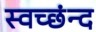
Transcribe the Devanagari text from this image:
स्वच्छंन्द